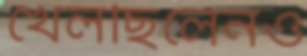
খেলছিলেনও